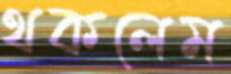
থকলেম